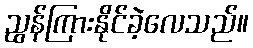
ညွန်ကြားနိုင်ခဲ့လေသည်။